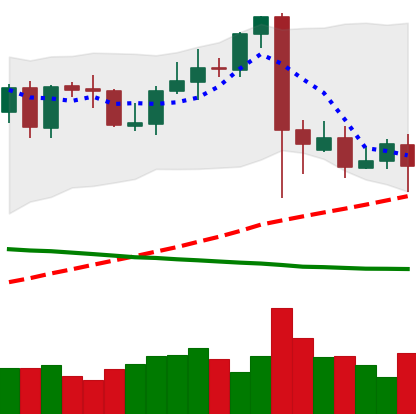
Ticker: BTC-USD
Chart end date: 2021-09-13
Forward return: 7.373%
Label: up_7plus